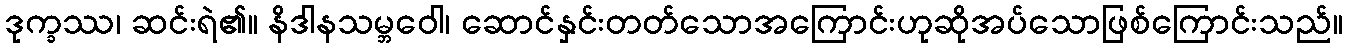
ဒုက္ခဿ၊ ဆင်းရဲ၏။ နိဒါနသမ္ဘဝေါ၊ ဆောင်နှင်းတတ်သောအကြောင်းဟုဆိုအပ်သောဖြစ်ကြောင်းသည်။